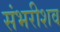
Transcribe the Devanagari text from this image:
संभरीशव